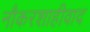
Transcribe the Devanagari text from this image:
नौकरशाहीवाद